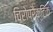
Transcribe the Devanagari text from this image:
चिरोप्रैक्टिक